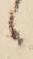
ゝ